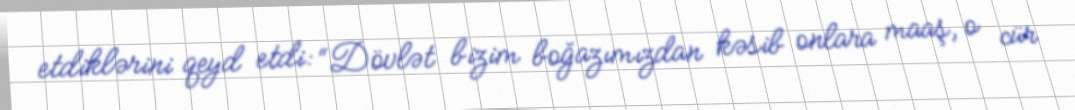
etdiklərini qeyd etdi: “Dövlət bizim boğazımızdan kəsib onlara maaş, o cür